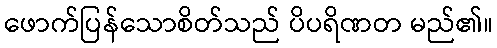
ဖောက်ပြန်သောစိတ်သည် ပိပရိဏတ မည်၏။